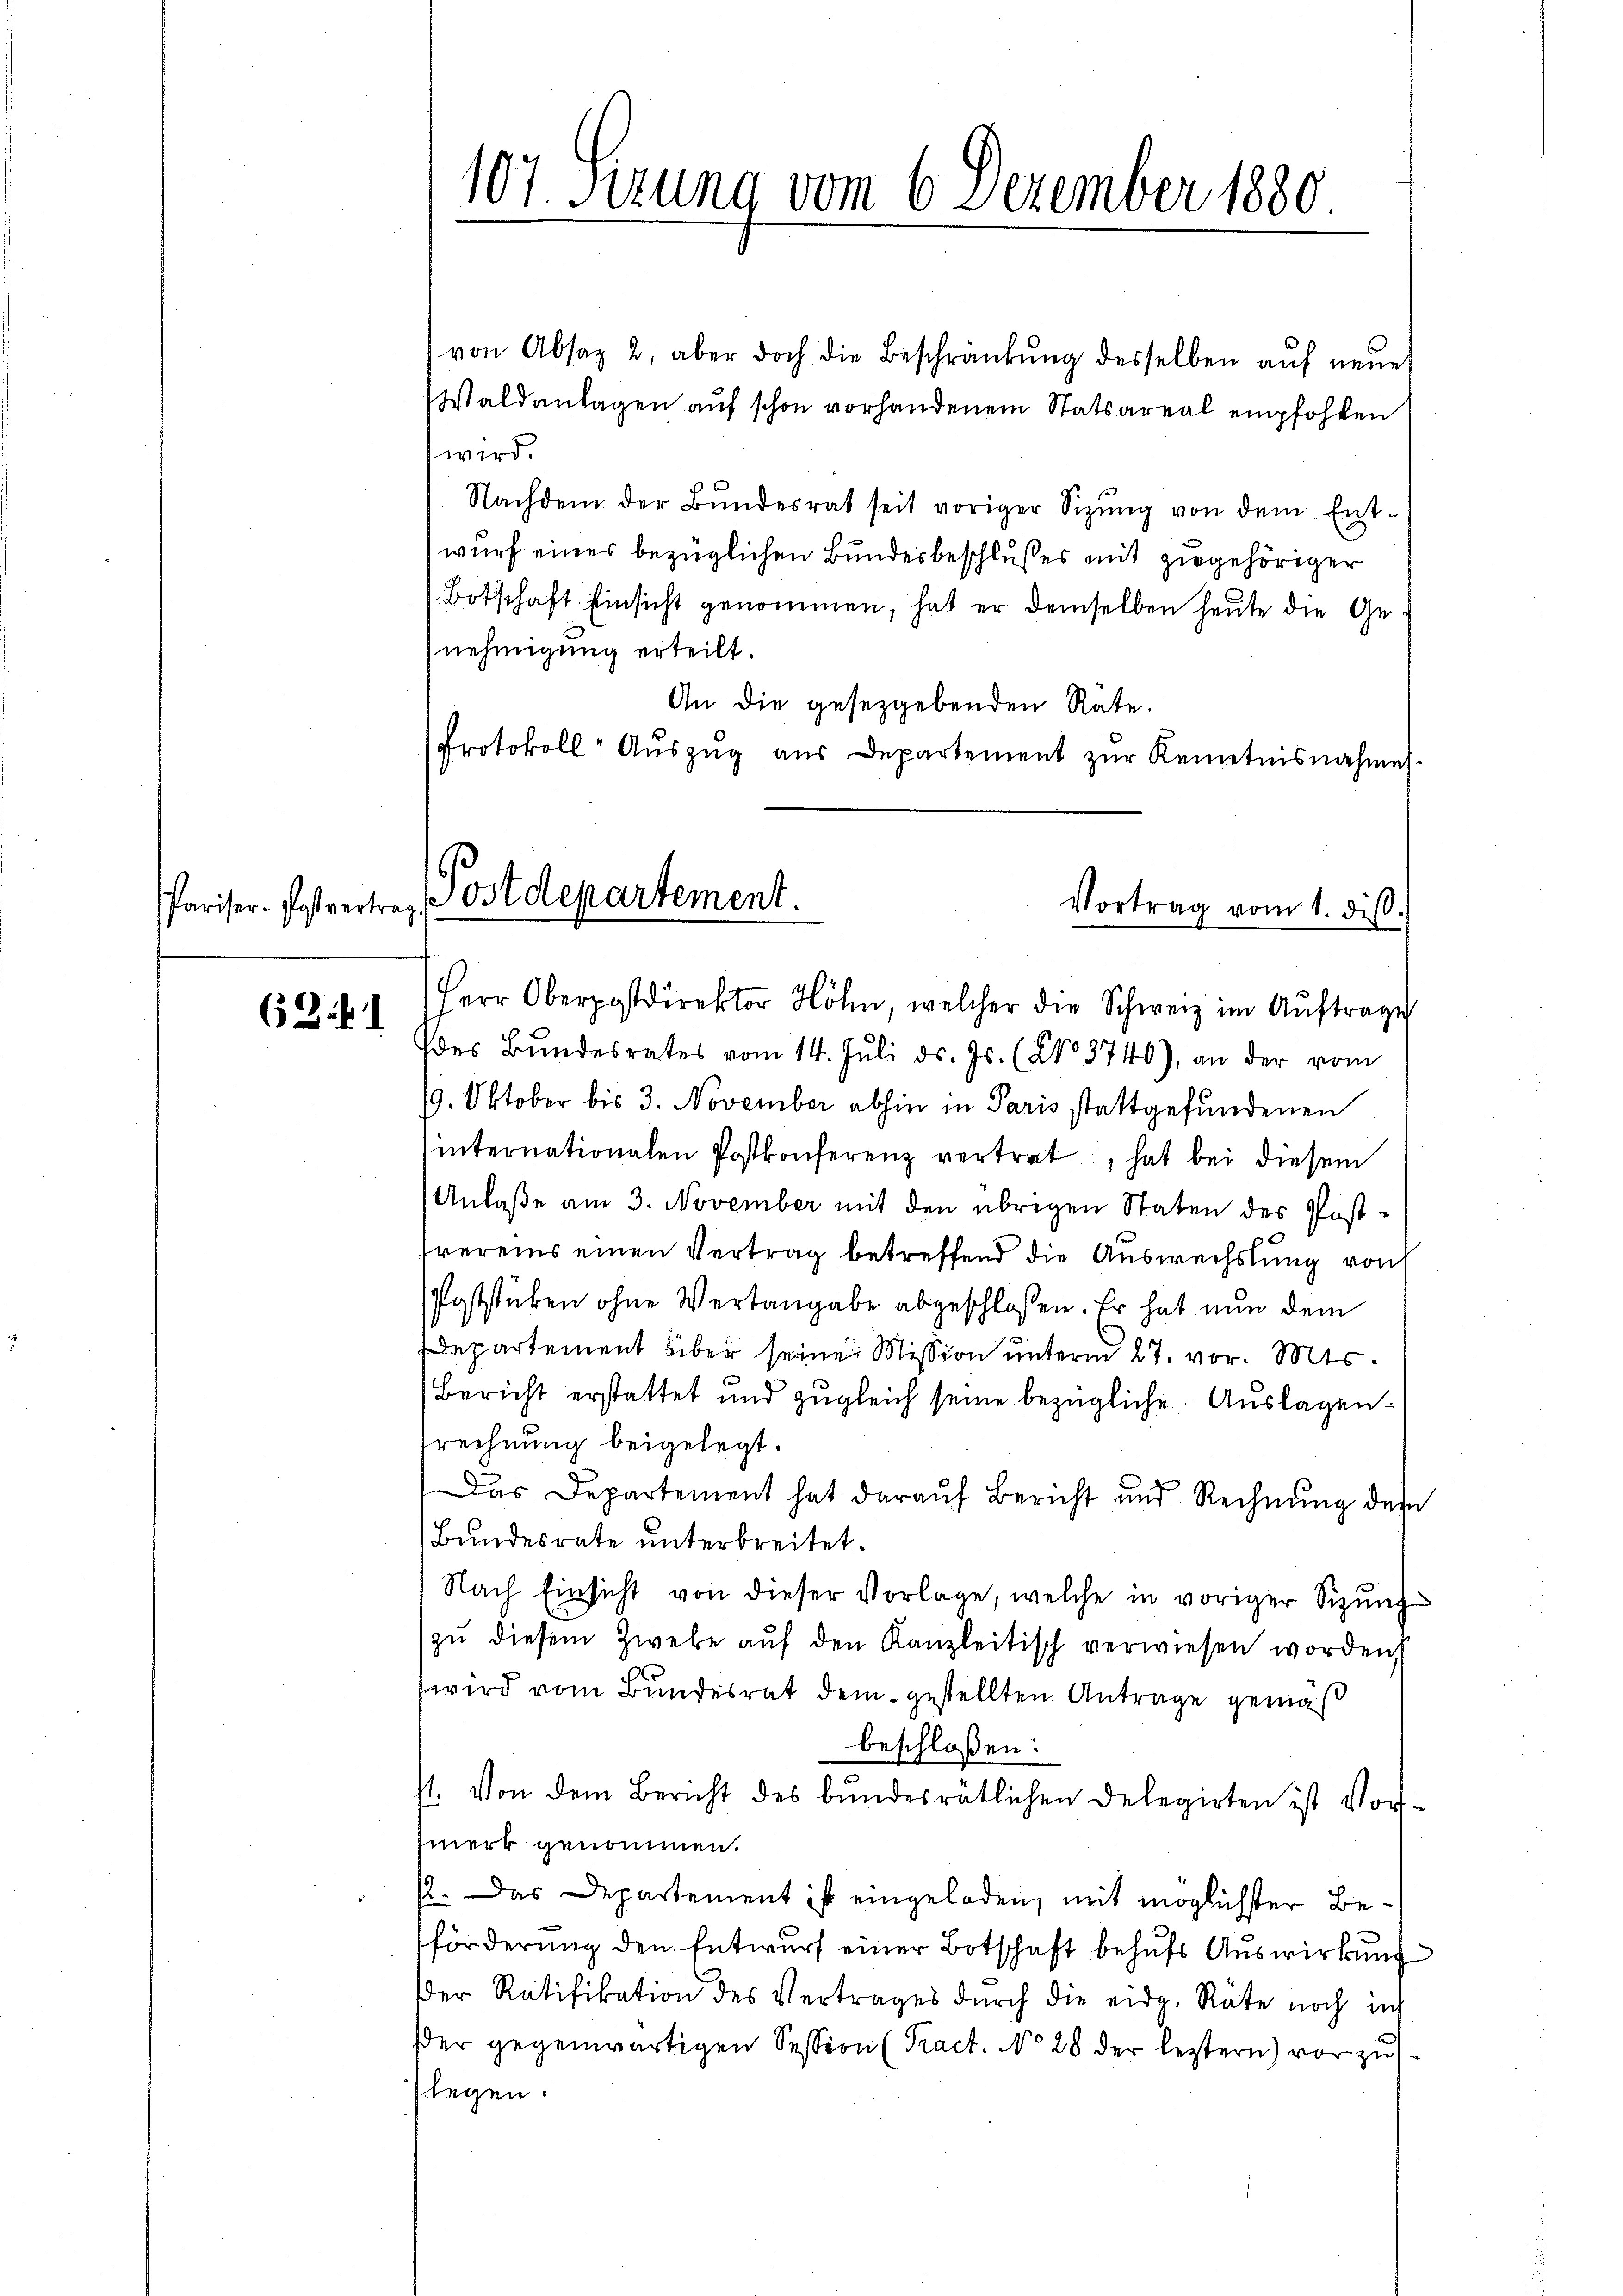
6341

von Absaz 2, aber doch die Beschränkung desselben auf neue
Waldanlagen auf schon vorhandenem Statsareal empfohlen
wird.
Nachdem der Bŭndesrat seit voriger Sitzŭng von dem Ent-
wurf eines bezüglichen Bundesbeschlußes mit zugehöriger
Botschaft Einsicht genommen, hat er demselben heute die Genehmigung erteilt.
An die gesetzgebenden Rate.
Protokoll- Aŭszŭg aŭs Departement zŭr Kenntnisnahme.

107. Sizung vom 6. Dezember 1880

Pariser-Postvertrag Postdepartement.
Vortrag vom 1. diβ.

Herr Oberpostdirektor Höhn, welcher die Schweiz im Auftrage
(des Bundesrates vom 14. Juli d. Js. (No. 3740), an der vom
19. Oktober bis 3. November abhin in Paris stattgefundenen
internationalen Postkonferenz vertret, hat bei diesem
Anlaße am 3. November mit den übrigen Staten des Post-
frereins einen Vertrag betreffend die Auswechslung von
Poststücken ohne Vertangabe abgeschlossen. Er hat nun dem
Departement über seinen Mission unterm 27. vor. Mts.
Bericht erstattet und zugleich seine bezügliche Auslagensrechnung beigelegt.
Das Departement hat daraŭf Bericht und Rechnŭng des
Bundesrate unterbreitet.
Nach Einsicht von dieser Vorlage, welche in voriger Sitzung
zŭ diesem Zwebe aŭf den Kanzleitisch verwiesen worden
wird vom Bundesrat dem gestellten Antrage gemäß
beschloßen:
st. Von dem Bericht des bundesratlichen Delegirten ist Vor-
merk genommen.
12. Das Departement ist eingeladen, mit möglichster Beförderung den Entwurf einer Botschaft behufs Auswirkung
Der Ratifikation des Vertrages dŭrch die eidg. Räte noch int
der gegenwärtigen Session (Tract. No 28 der leztern) vorzuslegen.